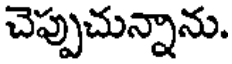
చెప్పుచున్నాను.